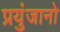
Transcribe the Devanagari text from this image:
प्रयुंजानो